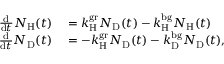
\begin{array} { r l } { \frac { \mathrm { d } } { \mathrm { d } t } N _ { \mathrm { H } } ( t ) } & { { } = k _ { \mathrm { H } } ^ { \mathrm { g r } } N _ { \mathrm { D } } ( t ) - k _ { \mathrm { H } } ^ { \mathrm { b g } } N _ { \mathrm { H } } ( t ) } \\ { \frac { \mathrm { d } } { \mathrm { d } t } N _ { \mathrm { D } } ( t ) } & { { } = - k _ { \mathrm { H } } ^ { \mathrm { g r } } N _ { \mathrm { D } } ( t ) - k _ { \mathrm { D } } ^ { \mathrm { b g } } N _ { \mathrm { D } } ( t ) , } \end{array}